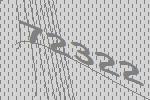
72322